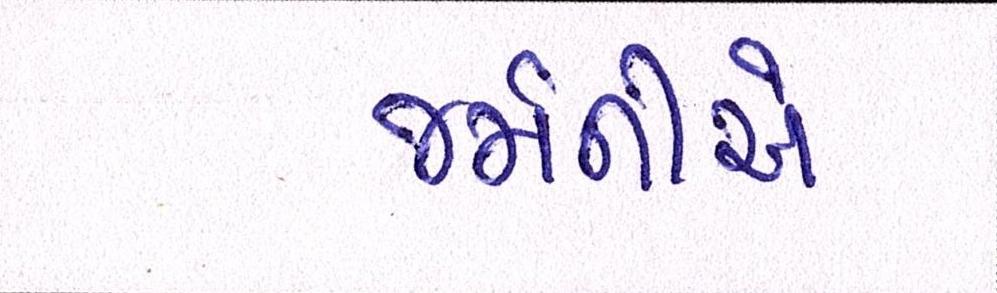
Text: જર્મનીએ